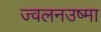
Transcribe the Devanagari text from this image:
ज्वलनउष्मा